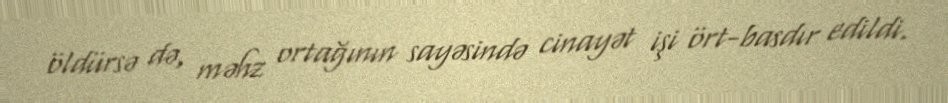
öldürsə də, məhz ortağının sayəsində cinayət işi ört-basdır edildi.